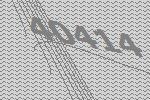
40414